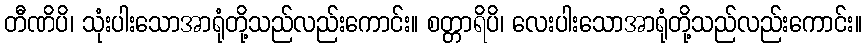
တီဏိပိ၊ သုံးပါးသောအာရုံတို့သည်လည်းကောင်း။ စတ္တာရိပိ၊ လေးပါးသောအာရုံတို့သည်လည်းကောင်း။